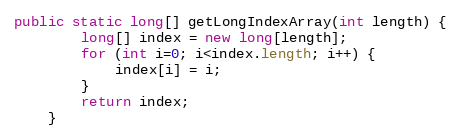
Language: Java
public static long[] getLongIndexArray(int length) {
        long[] index = new long[length];
        for (int i=0; i<index.length; i++) {
            index[i] = i;
        }
        return index;
    }